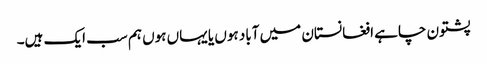
پشتون چاہے افغانستان میں آباد ہوں یا یہاں ہوں ہم سب ایک ہیں۔